Lunatic asylums Punjab 1881-1894 - 1881-1894
Year: 1881
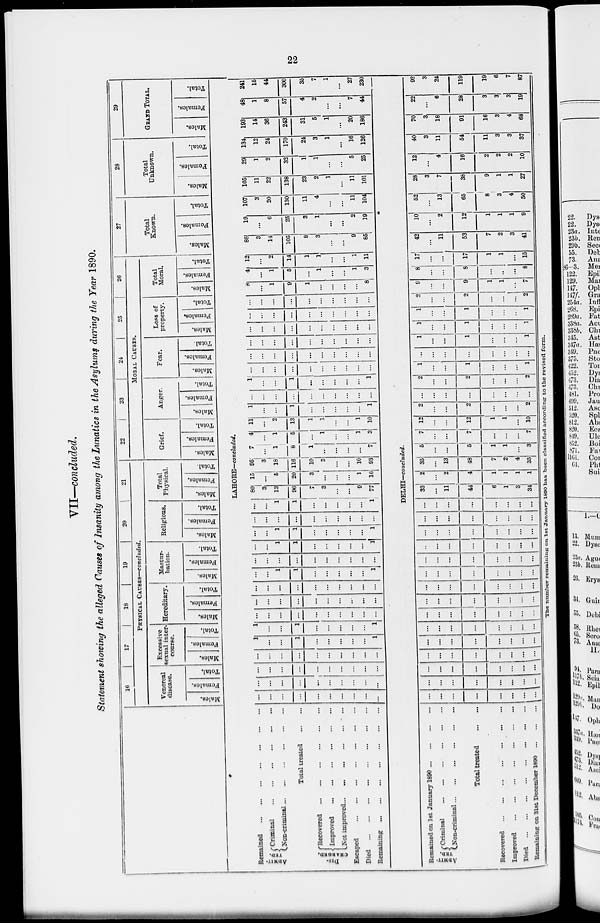
22
VII—concluded.
Statement showing the alleged Causes of Insanity among the Lunatics in the Asylums during the Year 1890.
Remained
...
...
...
...
...
...
ADMIT-
---.
Criminal
...
...
...
...
...
...
Non-criminal
...
...
...
...
...
...
Total treated
...
...
DIS-
CHARGED.
Recovered
...
...
...
...
...
...
Improved
...
...
...
...
...
...
Not improved
...
...
...
...
...
...
Escaped
...
...
...
...
...
...
...
...
Died
...
...
...
...
...
...
...
...
Remaining
...
...
...
...
...
...
...
...
Remained on 1st January 1890
...
...
...
...
ADMIT-
---.
Criminal
...
...
...
...
...
...
Non-criminal
...
...
...
...
...
...
Total treated
...
...
Recovered
...
...
...
...
...
...
...
Improved
...
...
...
...
...
...
...
Died
...
...
...
...
...
...
...
Remaining
on 31st December 1890
...
...
...
16
17
18
19
20
21
PHYSICAL CAUSES—concluded.
Venereal
disease.
Males.
Females.
Total.
Excessive
sexual inter-
course.
Males.
Females.
Total.
Hereditary.
Males.
Females.
Total.
Mastur-
bation.
Males.
Females.
Total.
Religious.
Males.
Femal es .
Tot al .
Total
Physical.
Males.
Females.
Total.
22
23
24
25
26
MORAL CAUSES.
Grief.
Males.
Females.
Total.
Anger.
Males.
Females.
Total.
Fear.
Males.
Females.
Total.
Loss of
property.
Males.
Females.
Total.
Total
Moral.
Males.
Females.
Total.
27
Total
Known.
Males.
Females.
Total.
28
Total
Unknown.
Males.
Females.
Total.
29
GRAND TOTAL.
Males.
Females.
Total.
LAHORE—concluded.
...
...
...
...
...
...
...
...
...
...
...
...
...
...
...
...
...
...
...
...
...
...
...
...
...
...
...
...
...
...
...
...
...
...
...
...
...
...
...
...
1
...
...
1
...
...
...
...
...
1
1
...
...
1
...
...
...
...
...
1
...
...
...
...
...
...
...
...
...
...
...
...
...
...
...
...
...
...
...
...
...
...
...
...
...
...
...
...
...
...
...
...
1
1
...
...
...
...
...
1
...
...
...
...
...
...
...
...
...
...
...
...
1
1
...
...
...
...
...
1
...
...
1
1
...
...
...
...
...
1
...
...
...
...
...
...
...
...
...
...
...
...
1
1
...
...
...
...
...
1
80
3
13
96
7
3
...
...
9
77
15
...
5
20
3
...
...
...
1
16
95
3
18
116
10
3
...
...
10
93
7
...
1
8
1
...
...
...
...
7
4
...
1
5
...
1
...
...
1
3
11
...
2
13
1
1
...
...
1
10
1
...
...
1
...
...
...
...
...
1
...
...
...
...
...
...
...
...
...
...
1
...
1
...
...
...
...
...
1
...
...
...
...
...
...
...
...
...
...
...
...
...
...
...
...
...
...
...
...
...
...
...
...
...
...
...
...
...
...
...
...
...
...
...
...
...
...
...
...
...
...
...
...
...
...
...
...
...
...
...
...
...
...
...
...
...
...
...
...
8
...
1
9
1
...
...
...
...
8
4
...
1
5
...
1
...
...
1
3
12
...
2
14
1
1
...
...
1
11
88
3
14
105
8
3
...
...
9
85
19
...
6
25
3
1
...
...
2
19
107
3
20
130
11
4
...
...
11
104
105
11
22
138
23
2
1
...
11
101
29
1
2
32
1
1
...
...
5
25
134
12
24
170
24
3
1
...
16
126
193
14
36
243
31
5
1
...
20
186
48
1
8
57
4
2
...
...
7
44
241
15
44
300
35
7
1
...
27
230
DELHI—concluded.
...
...
...
...
...
...
...
...
...
...
...
...
...
...
...
...
...
...
...
...
...
...
...
...
...
...
...
...
...
...
...
...
...
...
...
...
...
...
...
...
...
...
...
...
...
...
...
...
...
...
...
...
...
...
...
...
...
...
...
...
...
...
...
...
...
...
...
...
...
...
...
...
...
...
...
...
...
...
...
...
...
...
...
...
...
...
...
..
...
...
...
...
...
...
...
...
...
...
...
...
...
...
...
...
...
...
...
...
...
...
...
...
...
...
...
...
...
...
...
33
...
11
44
6
1
3
34
2
...
2
4
1
1
1
1
35
...
13
48
7
2
4
35
5
...
...
5
1
1
...
3
7
...
...
7
...
...
...
7
12
...
...
12
1
1
...
10
2
...
...
2
...
...
...
2
...
...
...
...
...
...
...
...
2
...
...
2
...
...
...
2
1
...
...
1
...
...
...
1
...
...
...
...
...
...
...
...
1
...
...
1
...
...
...
1
1
...
...
1
...
...
...
1
1
...
...
1
...
...
..
1
2
...
...
2
...
...
...
2
9
...
...
9
1
1
.,.
7
8
...
...
8
...
...
...
8
17
...
...
17
1
1
...
15
42
...
11
53
7
2
3
41
10
...
2
12
1
1
1
9
52
...
13
65
8
3
4
50
28
3
7
38
9
1
1
27
12
...
4
16
2
2
2
10
40
3
11
54
11
3
3
37
70
3
18
91
16
3
4
68
22
...
6
28
3
3
3
19
92
3
24
119
19
6
7
87
The number remaining on 1st January 1890 has been classified according to the revised form.